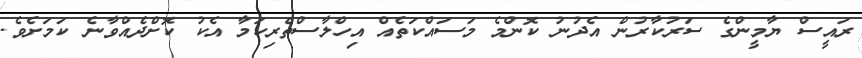
ރައީސް ޔާމީންގެ ސަރުކާރުން އެދުނު ކޮންމެ މަސައްކަތެއް އިހްލާސްތެރިކަމާ އެކު ކޮށްދެއްވާނެ ކަމަށެވެ.